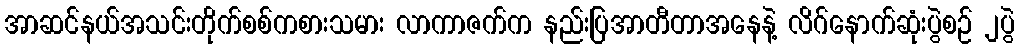
အာဆင်နယ်အသင်းတိုက်စစ်ကစားသမား လာကာဇက်က နည်းပြအာတီတာအနေနဲ့ လိဂ်နောက်ဆုံးပွဲစဉ် ၂ပွဲ